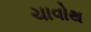
ચાવોથ